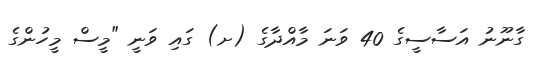
ގާނޫނު އަސާސީގެ 40 ވަނަ މާއްދާގެ (ށ) ގައި ވަނީ "މީސް މީހުންގެ